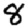
Digit: 8